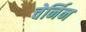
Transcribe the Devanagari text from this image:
चेर्निन